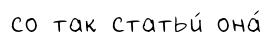
со так статьи́ она́